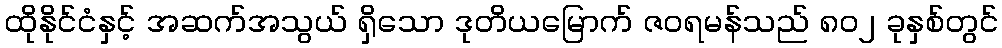
ထိုနိုင်ငံနှင့် အဆက်အသွယ် ရှိသော ဒုတိယမြောက် ဇဝရမန်သည် ၈၀၂ ခုနှစ်တွင်